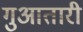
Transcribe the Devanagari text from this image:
गुआतारी